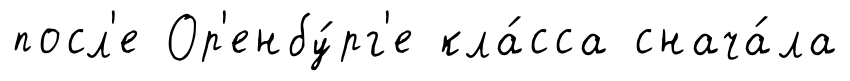
посл'е Ор'енбу́рг'е кла́сса снача́ла